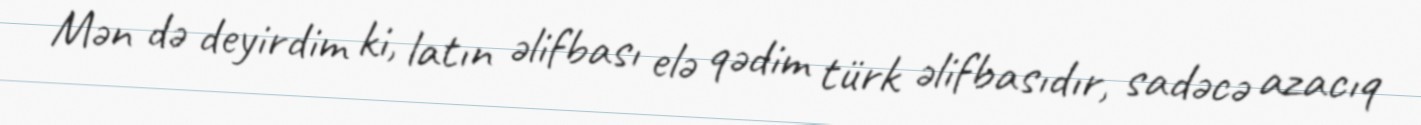
Mən də deyirdim ki, latın əlifbası elə qədim türk əlifbasıdır, sadəcə azacıq